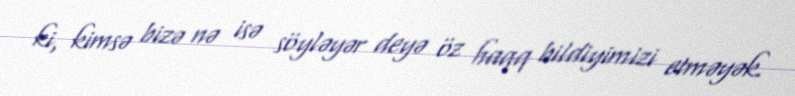
ki, kimsə bizə nə isə söyləyər deyə öz haqq bildiyimizi etməyək.